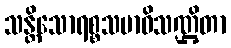
သန္တိသောရစ္စသမာဓိသဏ္ဌိတာ